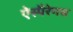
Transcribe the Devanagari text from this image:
ऐस्पैरेगस